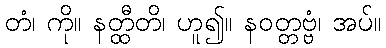
တံ၊ ကို။ နတ္ထီတိ၊ ဟူ၍။ နဝတ္တဗ္ဗံ၊ အပ်။